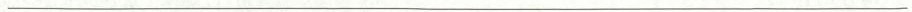
___